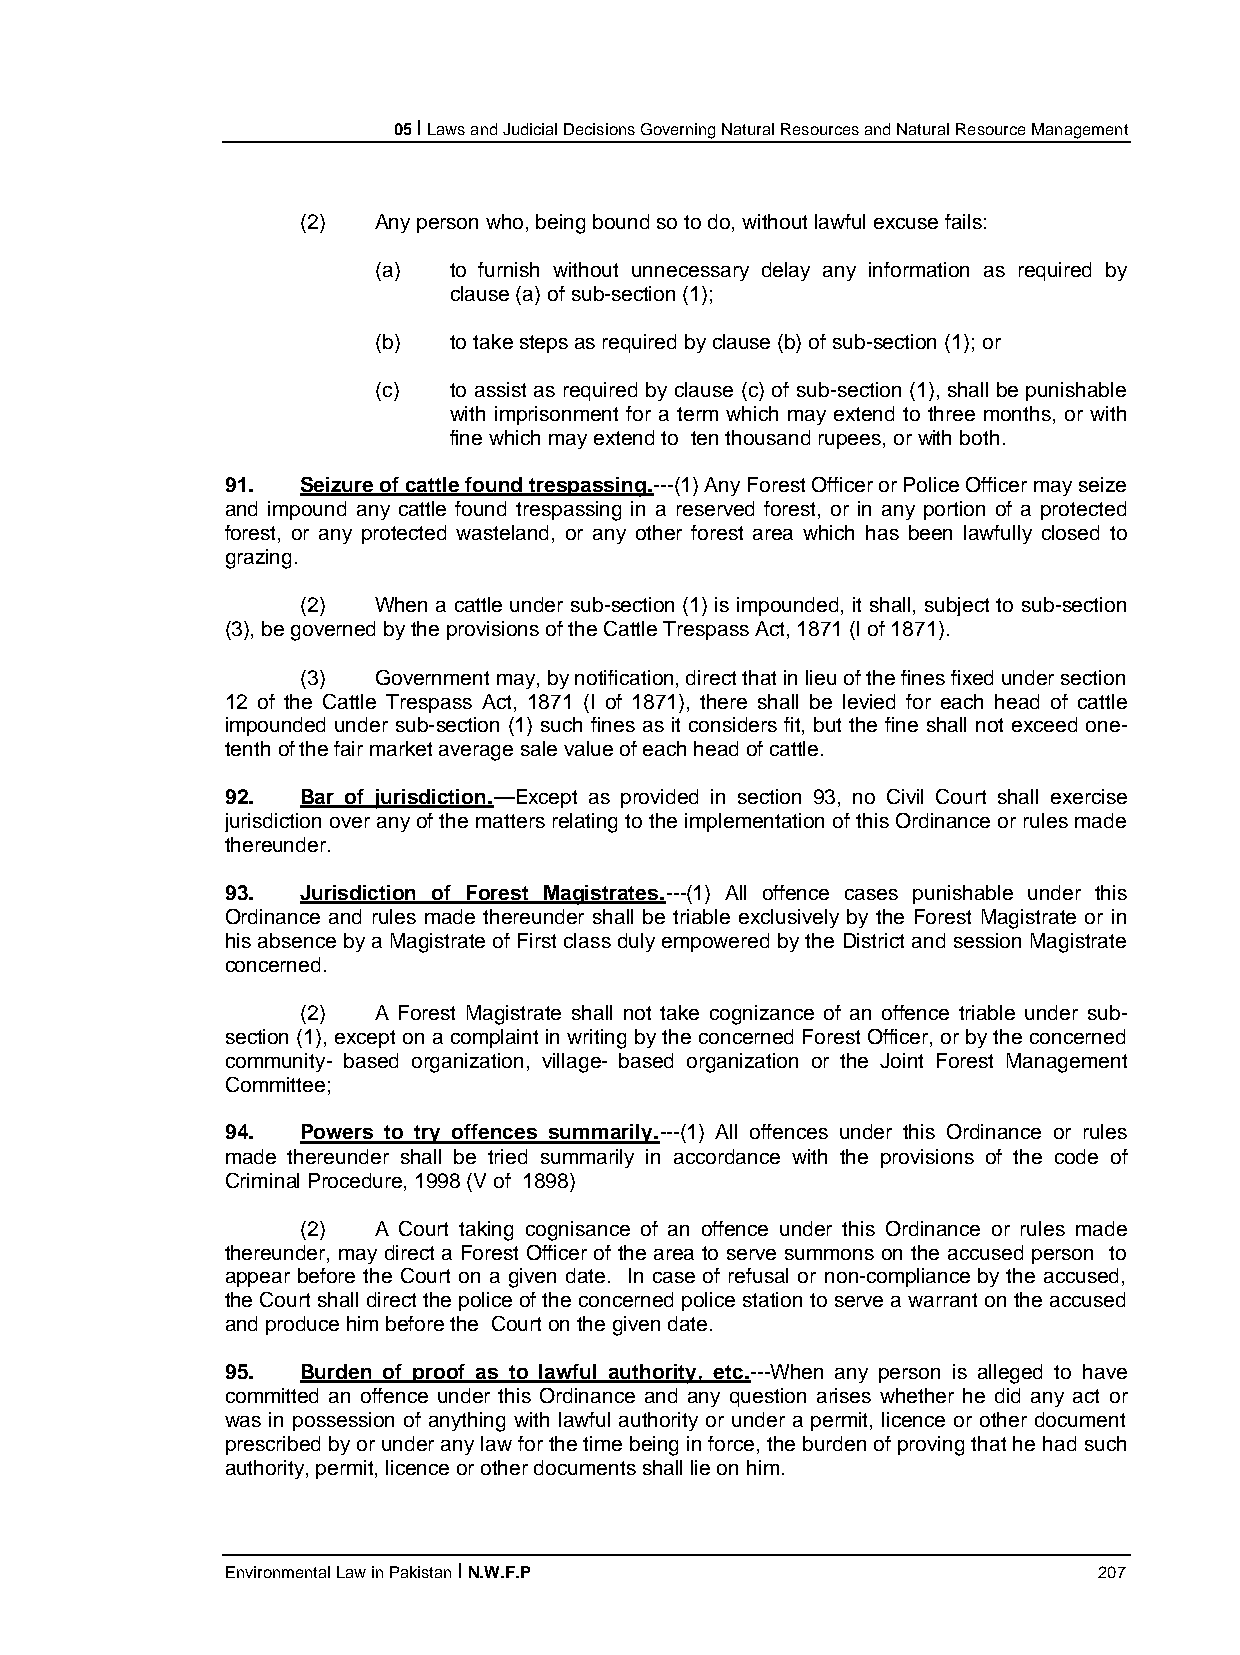
05 I Laws and Judicial Decisions Governing Natural Resources and Natural Resource Management
 (2)  Any person who, being bound so to do, without lawful excuse fails:
 (a)  to furnish without unnecessary delay any information as required by
 clause (a) of sub-section (1);
 (b)  to take steps as required by clause (b) of sub-section (1); or
 (c)  to assist as required by clause (c) of sub-section (1), shall be punishable
 with imprisonment for a term which may extend to three months, or with
 fine which may extend to ten thousand rupees, or with both.
 91.  Seizure of cattle found trespassing.---(1) Any Forest Officer or Police Officer may seize
 and impound any cattle found trespassing in a reserved forest, or in any portion of a protected
 forest, or any protected wasteland, or any other forest area which has been lawfully closed to
 grazing.
 (2)  When a cattle under sub-section (1) is impounded, it shall, subject to sub-section
 (3), be governed by the provisions of the Cattle Trespass Act, 1871 (I of 1871).
 (3)  Government may, by notification, direct that in lieu of the fines fixed under section
 12 of the Cattle Trespass Act, 1871 (I of 1871), there shall be levied for each head of cattle
 impounded under sub-section (1) such fines as it considers fit, but the fine shall not exceed one-
 tenth of the fair market average sale value of each head of cattle.
 92.  Bar of jurisdiction.—Except as provided in section 93, no Civil Court shall exercise
 jurisdiction over any of the matters relating to the implementation of this Ordinance or rules made
 thereunder.
 93.  Jurisdiction of Forest Magistrates.---(1) All offence cases punishable under this
 Ordinance and rules made thereunder shall be triable exclusively by the Forest Magistrate or in
 his absence by a Magistrate of First class duly empowered by the District and session Magistrate
 concerned.
 (2)  A Forest Magistrate shall not take cognizance of an offence triable under sub-
 section (1), except on a complaint in writing by the concerned Forest Officer, or by the concerned
 community- based organization, village- based organization or the Joint Forest Management
 Committee;
 94.  Powers to try offences summarily.---(1) All offences under this Ordinance or rules
 made thereunder shall be tried summarily in accordance with the provisions of the code of
 Criminal Procedure, 1998 (V of 1898)
 (2)  A Court taking cognisance of an offence under this Ordinance or rules made
 thereunder, may direct a Forest Officer of the area to serve summons on the accused person to
 appear before the Court on a given date. In case of refusal or non-compliance by the accused,
 the Court shall direct the police of the concerned police station to serve a warrant on the accused
 and produce him before the Court on the given date.
 95.  Burden of proof as to lawful authority, etc.---When any person is alleged to have
 committed an offence under this Ordinance and any question arises whether he did any act or
 was in possession of anything with lawful authority or under a permit, licence or other document
 prescribed by or under any law for the time being in force, the burden of proving that he had such
 authority, permit, licence or other documents shall lie on him.
 Environmental Law in Pakistan I N.W.F.P                   207